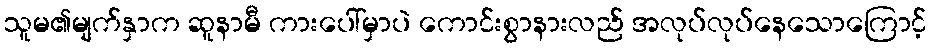
သူမ၏မျက်နှာက ဆူနာမီ ကားပေါ်မှာပဲ ကောင်းစွာနားလည် အလုပ်လုပ်နေသောကြောင့်